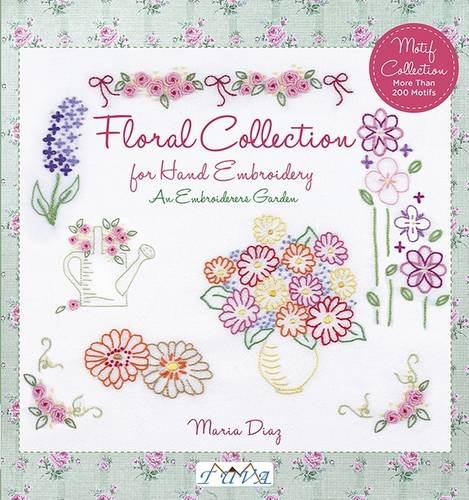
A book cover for An Embroiderers Garden: Floral Collection for Hand Embroidery; Maria Diaz; Crafts, Hobbies & Home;